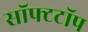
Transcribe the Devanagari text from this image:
सॉफ्टटॉप